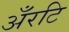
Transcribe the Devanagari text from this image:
अँरटि